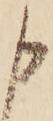
申